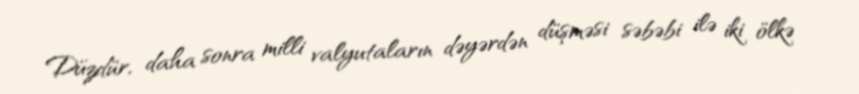
Düzdür, daha sonra milli valyutaların dəyərdən düşməsi səbəbi ilə iki ölkə